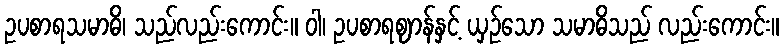
ဥပစာရသမာဓိ၊ သည်လည်းကောင်း။ ဝါ၊ ဥပစာရဈာန်နှင့် ယှဉ်သော သမာဓိသည် လည်းကောင်း။